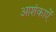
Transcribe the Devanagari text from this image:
आशंकाऐं